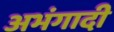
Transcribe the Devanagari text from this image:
अभंगादी